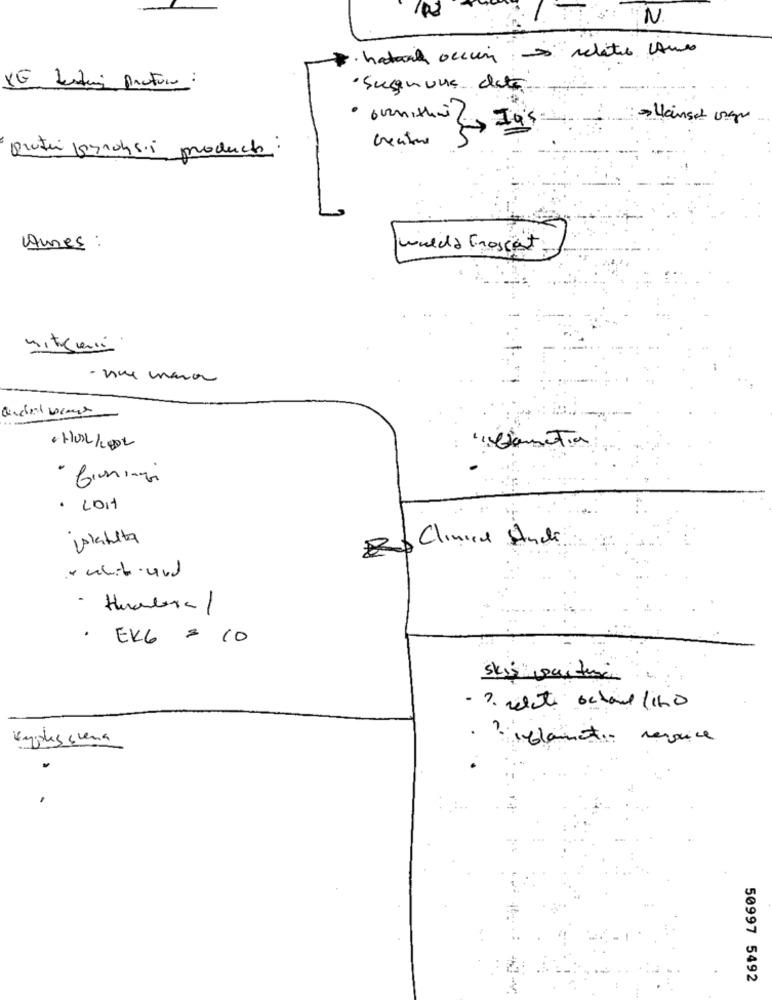
N
hatorah occur relatie Ames
· Sugnuns data
Uanset ungen
· ovnithe( Ja's
proti pyrohs.i products :
Ames :
wulda Frosset
mitcienia
: "ComeTia
- firingi
· LOIt
2) Clinica Andi
- Humberal
. EKG = 10
skis partie
- 7. relati ochoil /100
Vygothis crema
· ? iframenti revoice
50997 5492